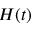
H ( t )